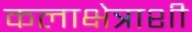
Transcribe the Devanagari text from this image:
कलाक्षेत्राशी